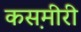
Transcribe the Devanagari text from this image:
कस़मीरी